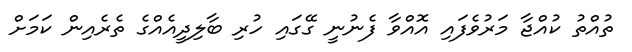
ތުއްތު ކުއްޖާ މަރުވެފައި އޮއްވާ ފެނުނީ ގޭގައި ހުރި ބާލިދީއެއްގެ ތެރެއިން ކަމަށް